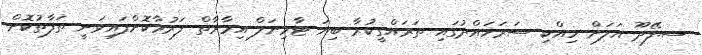
ސ.ފޭދޫ އަލަށް ހިއްކި ސަރަހައްދުގައި ތަރައްގީކުރާ ބިޔަ ޓާމިނަލް އިމާރާތް ފަރުމާކޮށްފައިވަނީ ތަފާތުކޮށް